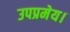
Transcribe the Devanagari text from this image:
उपप्रमेय।